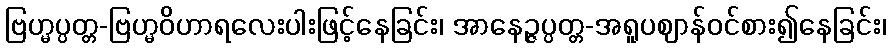
ဗြဟ္မပ္ပတ္တ-ဗြဟ္မဝိဟာရလေးပါးဖြင့်နေခြင်း၊ အာနေဉ္ဇပ္ပတ္တ-အရူပဈာန်ဝင်စား၍နေခြင်း၊